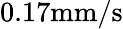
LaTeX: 0.17\mathrm{mm/s}